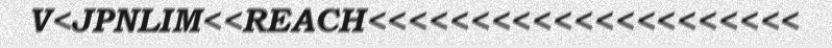
V<JPNLIM<<REACH<<<<<<<<<<<<<<<<<<<<<